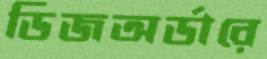
ডিজঅর্ডারে